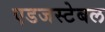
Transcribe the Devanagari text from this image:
एडजस्टेबल